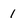
Character: 1